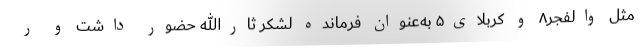
مثل والفجر۸ و کربلای۵ به‌عنوان فرمانده لشکر ثارالله حضور داشت و ر